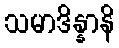
သမာဒိန္နာနိ